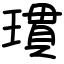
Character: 瑻